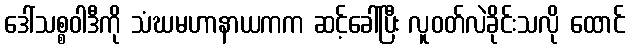
ဒေါ်သစ္စဝါဒီကို သံဃမဟာနာယကက ဆင့်ခေါ်ပြီး လူဝတ်လဲခိုင်းသလို ထောင်